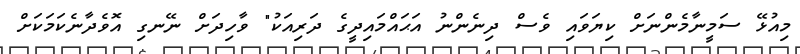
މިއުޅޭ ސަމީނާމެންނަށް ކިޔަވައި ވެސް ދިނެންނު އަޙައްމައިދީގެ ދަރިއަކު" ވާހިދަށް ނޭނގި އޮވެދާނެކަމަކަށް